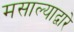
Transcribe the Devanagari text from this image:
मसाल्याद्वारे